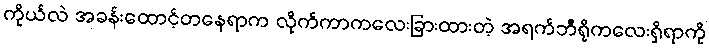
ကိုယ်လဲ အခန်းထောင့်တနေရာက လိုက်ကာကလေးခြားထားတဲ့ အရက်ဘီရိုကလေးရှိရာကို